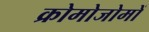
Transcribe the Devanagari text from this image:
क्रोमोजोमों